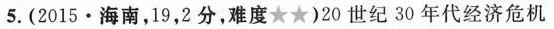
5.(2015·海南，19，2分，难度★★)20世纪30年代经济危机